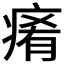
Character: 𤷤